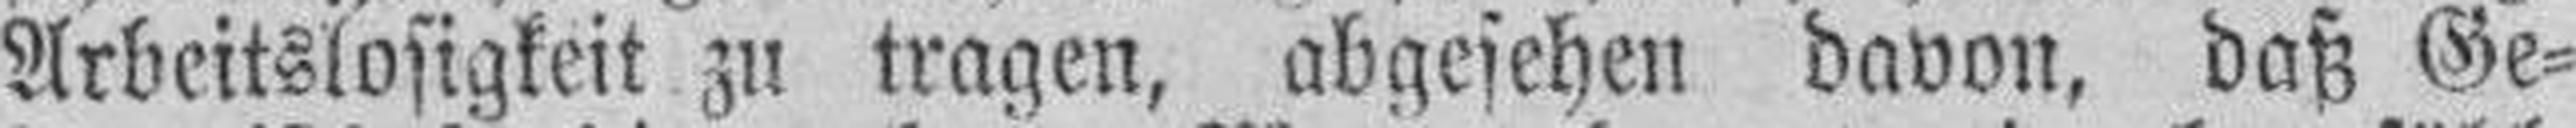
Arbeitslosigkeit zu tragen, abgesehen davon, daß Ge¬